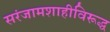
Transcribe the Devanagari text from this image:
सरंजामशाहीविरूद्ध